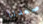
صعدنا